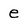
Character: e